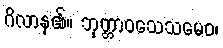
ဂိလာန၏။ ဘုတ္တာဝသေသမေဝ၊